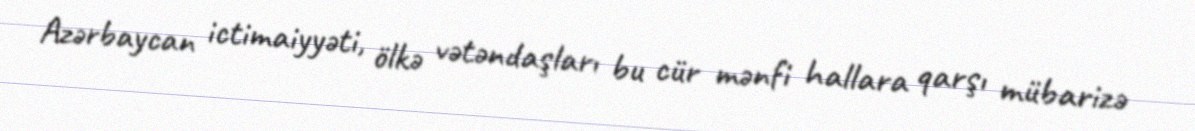
Azərbaycan ictimaiyyəti, ölkə vətəndaşları bu cür mənfi hallara qarşı mübarizə